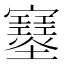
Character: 𡔂